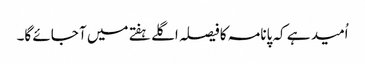
اُمید ہے کہ پانامہ کا فیصلہ اگلے ہفتے میں آ جائے گا۔